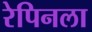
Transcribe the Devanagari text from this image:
रेपिनला